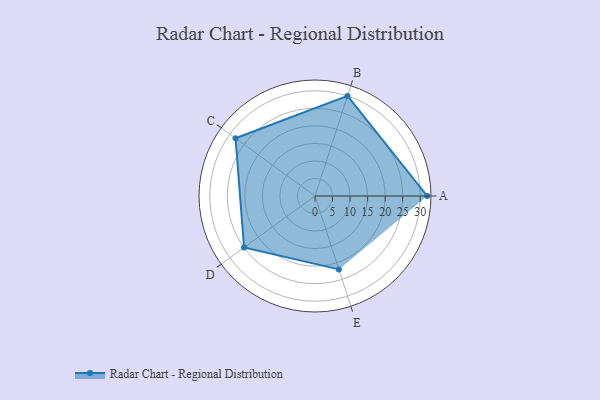
{"axis": {"x": "Skill", "y": "Score"}, "legend": ["Profile"], "data": [{"x": "A", "y": 32.0, "type": "Profile"}, {"x": "B", "y": 30.0, "type": "Profile"}, {"x": "C", "y": 28.0, "type": "Profile"}, {"x": "D", "y": 25.0, "type": "Profile"}, {"x": "E", "y": 22.0, "type": "Profile"}]}